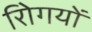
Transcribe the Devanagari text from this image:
रोिगयों